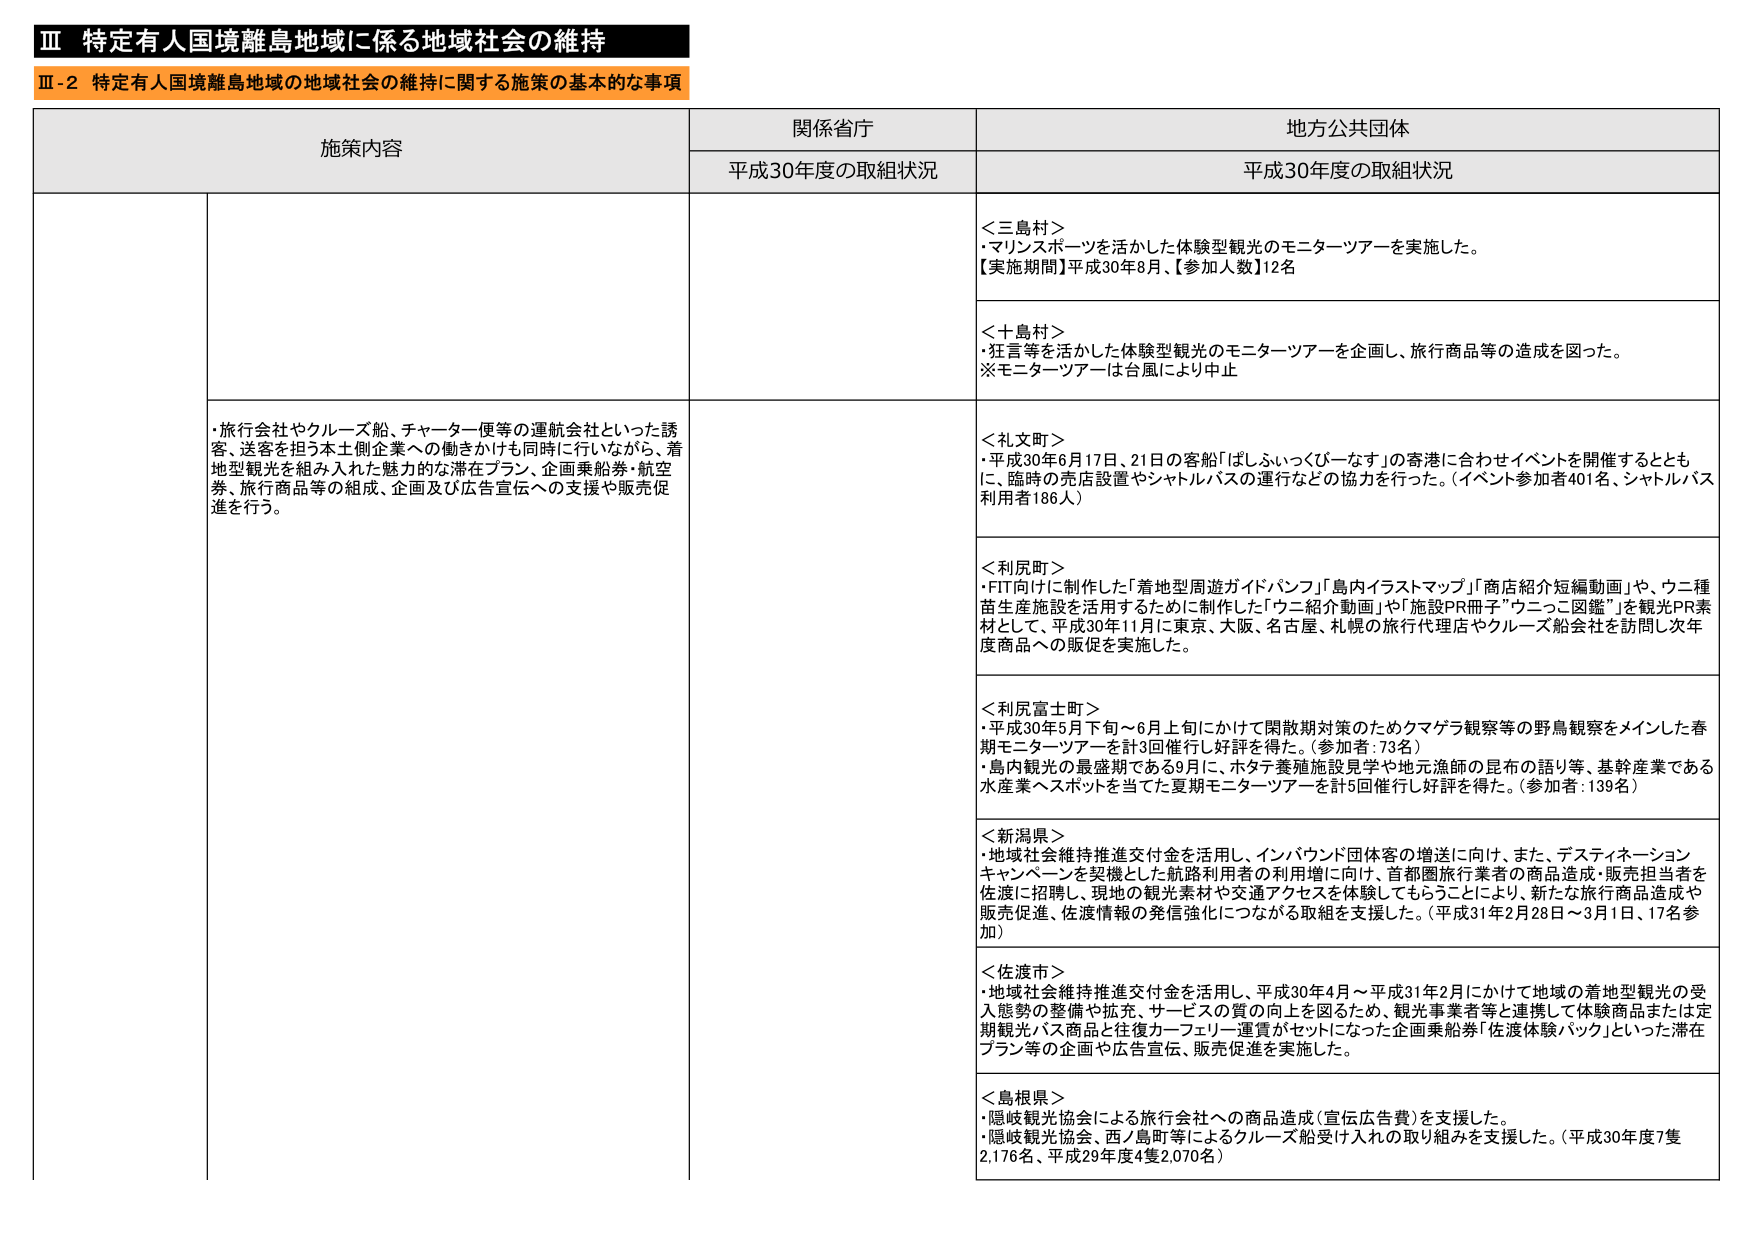
Ⅲ 特定有人国境離島地域に係る地域社会の維持
Ⅲ-2 特定有人国境離島地域の地域社会の維持に関する施策の基本的な事項

施策内容 関係省庁 地方公共団体
平成30年度の取組状況 平成30年度の取組状況

＜三島村＞
・マリンスポーツを活かした体験型観光のモニターツアーを実施した。
【実施期間】平成30年8月、【参加人数】12名

＜十島村＞
・狂言等を活かした体験型観光のモニターツアーを企画し、旅行商品等の造成を図った。
※モニターツアーは台風により中止

・旅行会社やクルーズ船、チャーター便等の運航会社といった誘客、送客を担う本土側企業への働きかけも同時に行いながら、着地型観光を組み入れた魅力的な滞在プラン、企画乗船券・航空券、旅行商品等の組成、企画及び広告宣伝への支援や販売促進を行う。

＜礼文町＞
・平成30年6月17日、21日の客船「はしふぃっくびーなす」の寄港に合わせイベントを開催するとともに、臨時の売店設置やシャトルバスの運行などの協力を行った。（イベント参加者401名、シャトルバス利用者186人）

＜利尻町＞
・FIT向けに制作した「着地型周遊ガイドパンフ」「島内イラストマップ」「商店紹介短編動画」や、ウニ種苗生産施設を活用するために制作した「ウニ紹介動画」や「施設PR冊子"ウニっこ図鑑"」を観光PR素材として、平成30年11月に東京、大阪、名古屋、札幌の旅行代理店やクルーズ船会社を訪問し次年度商品への販促を実施した。

＜利尻富士町＞
・平成30年5月下旬～6月上旬にかけて閑散期対策のためクマゲラ観察等の野鳥観察をメインした春季モニターツアーを計3回催行し好評を得た。（参加者：73名）
・島内観光の最盛期である9月に、ホタテ養殖施設見学や地元漁師の昆布の語り等、基幹産業である水産業へスポットを当てた夏季モニターツアーを計5回催行し好評を得た。（参加者：139名）

＜新潟県＞
・地域社会維持推進交付金を活用し、インバウンド団体客の増送に向け、また、デスティネーションキャンペーンを契機とした航路利用者の利用増に向け、首都圏旅行業者の商品造成・販売担当者を佐渡に招聘し、現地の観光素材や交通アクセスを体験してもらうことにより、新たな旅行商品造成や販売促進、佐渡情報の発信強化につながる取組を支援した。（平成31年2月28日～3月1日、17名参加）

＜佐渡市＞
・地域社会維持推進交付金を活用し、平成30年4月～平成31年2月にかけて地域の着地型観光の受入態勢の整備や拡充、サービスの質の向上を図るため、観光事業者等と連携して体験商品または定期観光バス商品と往復カーフェリー運賃がセットになった企画乗船券「佐渡体験パック」といった滞在プラン等の企画や広告宣伝、販売促進を実施した。

＜島根県＞
・隠岐観光協会による旅行会社への商品造成（宣伝広告費）を支援した。
・隠岐観光協会、西ノ島町等によるクルーズ船受け入れの取り組みを支援した。（平成30年度7隻2,176名、平成29年度4隻2,070名）